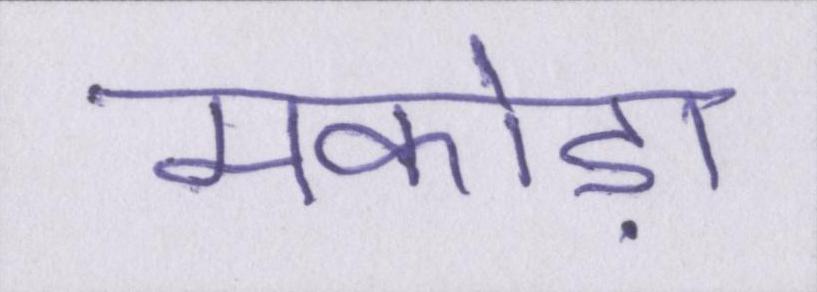
मकोड़ा